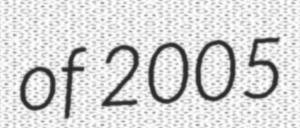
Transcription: of 2005